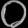
Digit: ၀